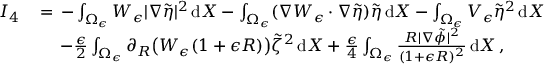
\begin{array} { r l } { I _ { 4 } \, } & { = \, - \int _ { \Omega _ { \epsilon } } W _ { \epsilon } | \nabla \tilde { \eta } | ^ { 2 } \, \mathrm { d } X - \int _ { \Omega _ { \epsilon } } ( \nabla W _ { \epsilon } \cdot \nabla \tilde { \eta } ) \tilde { \eta } \, \mathrm { d } X - \int _ { \Omega _ { \epsilon } } V _ { \epsilon } \tilde { \eta } ^ { 2 } \, \mathrm { d } X } \\ & { \quad \, - \frac { \epsilon } { 2 } \int _ { \Omega _ { \epsilon } } \partial _ { R } \bigl ( W _ { \epsilon } ( 1 + \epsilon R ) \bigr ) \tilde { \zeta } ^ { 2 } \, \mathrm { d } X + \frac { \epsilon } { 4 } \int _ { \Omega _ { \epsilon } } \frac { R | \nabla \tilde { \phi } | ^ { 2 } } { ( 1 + \epsilon R ) ^ { 2 } } \, \mathrm { d } X \, , } \end{array}